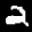
Label: 2